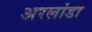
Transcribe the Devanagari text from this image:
अरलांडा